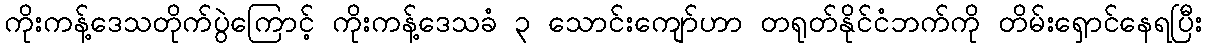
ကိုးကန့်ဒေသတိုက်ပွဲကြောင့် ကိုးကန့်ဒေသခံ ၃ သောင်းကျော်ဟာ တရုတ်နိုင်ငံဘက်ကို တိမ်းရှောင်နေရပြီး